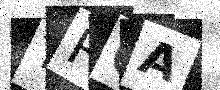
Text: TRGA